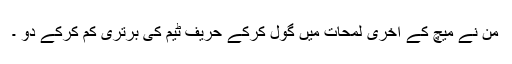
من نے میچ کے آخری لمحات میں گول کرکے حریف ٹیم کی برتری کم کرکے دو ۔